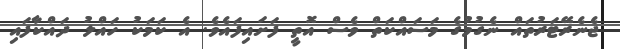
ޖެނެރޭޓަރުތައް ނެގުމުގެ މަސައްކަތް ވެސް އޮތީ ފަށައިފައެވެ. އެ ކަމަކު ހައްލު ދައްކާފައި